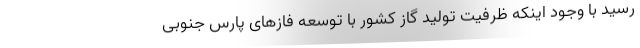
رسید با وجود اینکه ظرفیت تولید گاز کشور با توسعه فازهای پارس جنوبی